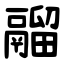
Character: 鬸